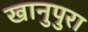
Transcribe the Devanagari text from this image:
खानुपुरा